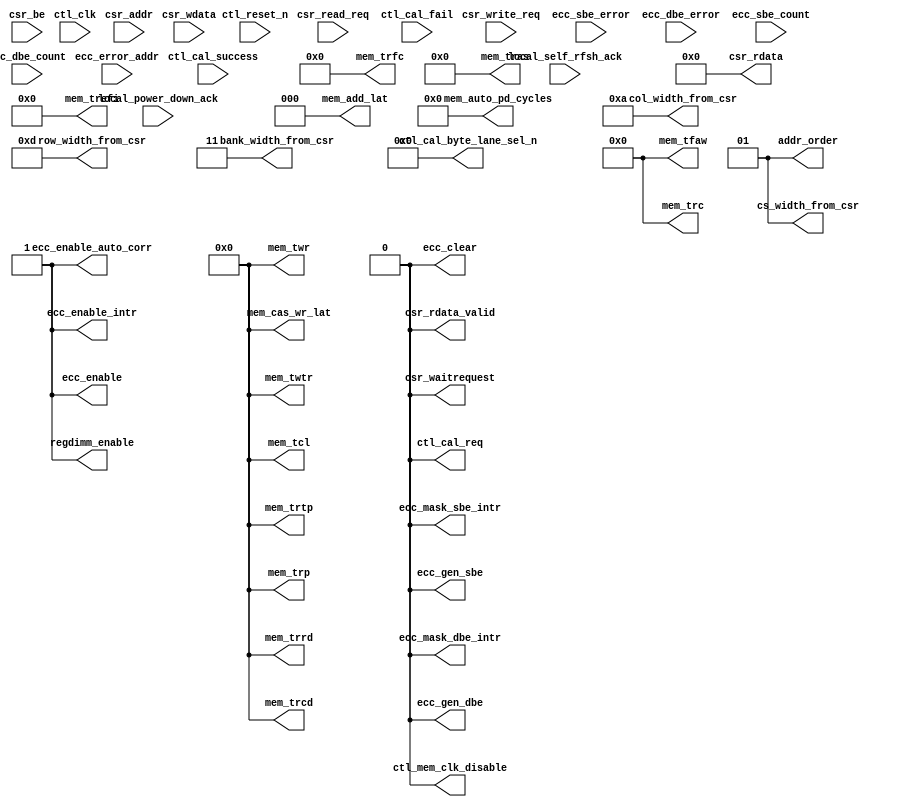
// (C) 2001-2011 Altera Corporation. All rights reserved.
// Your use of Altera Corporation's design tools, logic functions and other 
// software and tools, and its AMPP partner logic functions, and any output 
// files any of the foregoing (including device programming or simulation 
// files), and any associated documentation or information are expressly subject 
// to the terms and conditions of the Altera Program License Subscription 
// Agreement, Altera MegaCore Function License Agreement, or other applicable 
// license agreement, including, without limitation, that your use is for the 
// sole purpose of programming logic devices manufactured by Altera and sold by 
// Altera or its authorized distributors.  Please refer to the applicable 
// agreement for further details.




`timescale 1 ps / 1 ps
// altera message_off 10036 10230
module ddr2_v10_1_0002_alt_ddrx_csr #
    ( parameter
        DWIDTH_RATIO                = 2,
        CTL_CSR_ENABLED             = 0,
        CTL_ECC_CSR_ENABLED         = 0,
        CTL_CSR_READ_ONLY           = 0,
        CTL_ECC_CSR_READ_ONLY       = 0,
        CSR_ADDR_WIDTH              = 8,
        CSR_DATA_WIDTH              = 32,
        
        MEM_IF_CLK_PAIR_COUNT       = 1,
        MEM_IF_DQS_WIDTH            = 72,
        
        MEM_IF_CS_WIDTH             = 2,
        MEM_IF_CHIP_BITS            = 1,
        MEM_IF_ROW_WIDTH            = 13,      
        MEM_IF_COL_WIDTH            = 10,      
        MEM_IF_BA_WIDTH             = 3,       
        
        CTL_ECC_ENABLED             = 1,
        CTL_ECC_RMW_ENABLED         = 1,
        CTL_REGDIMM_ENABLED         = 0,
        
        CAS_WR_LAT_BUS_WIDTH        = 4,       
        ADD_LAT_BUS_WIDTH           = 3,       
        TCL_BUS_WIDTH               = 4,       
        TRRD_BUS_WIDTH              = 4,       
        TFAW_BUS_WIDTH              = 6,       
        TRFC_BUS_WIDTH              = 8,       
        TREFI_BUS_WIDTH             = 13,      
        TRCD_BUS_WIDTH              = 4,       
        TRP_BUS_WIDTH               = 4,       
        TWR_BUS_WIDTH               = 4,       
        TWTR_BUS_WIDTH              = 4,       
        TRTP_BUS_WIDTH              = 4,       
        TRAS_BUS_WIDTH              = 5,       
        TRC_BUS_WIDTH               = 6,       
        AUTO_PD_BUS_WIDTH           = 16,      
        
        MEM_CAS_WR_LAT              = 0,        
        MEM_ADD_LAT                 = 0,        
        MEM_TCL                     = 0,        
        MEM_TRRD                    = 0,        
        MEM_TFAW                    = 0,        
        MEM_TRFC                    = 0,        
        MEM_TREFI                   = 0,        
        MEM_TRCD                    = 0,        
        MEM_TRP                     = 0,        
        MEM_TWR                     = 0,        
        MEM_TWTR                    = 0,        
        MEM_TRTP                    = 0,        
        MEM_TRAS                    = 0,        
        MEM_TRC                     = 0,        
        MEM_AUTO_PD_CYCLES          = 0,        
        
        ADDR_ORDER                  = 1,        
        MEM_IF_CSR_COL_WIDTH        = 4,
        MEM_IF_CSR_ROW_WIDTH        = 5,
        MEM_IF_CSR_BANK_WIDTH       = 2,
        MEM_IF_CSR_CS_WIDTH         = 2
    )
    (
        ctl_clk,
        ctl_reset_n,
        
        csr_addr,
        csr_be,
        csr_write_req,
        csr_wdata,
        csr_read_req,
        csr_rdata,
        csr_rdata_valid,
        csr_waitrequest,
        
        ctl_cal_success,
        ctl_cal_fail,
        
        local_power_down_ack,
        local_self_rfsh_ack,
        
        ecc_sbe_error,
        ecc_dbe_error,
        ecc_sbe_count,
        ecc_dbe_count,
        ecc_error_addr,
        
        ctl_cal_req,
        ctl_mem_clk_disable,
        ctl_cal_byte_lane_sel_n,
        
        mem_cas_wr_lat,
        mem_add_lat,
        mem_tcl,
        mem_trrd,
        mem_tfaw,
        mem_trfc,
        mem_trefi,
        mem_trcd,
        mem_trp,
        mem_twr,
        mem_twtr,
        mem_trtp,
        mem_tras,
        mem_trc,
        mem_auto_pd_cycles,
        
        addr_order,
        col_width_from_csr,
        row_width_from_csr,
        bank_width_from_csr,
        cs_width_from_csr,
        
        ecc_enable,
        ecc_enable_auto_corr,
        ecc_gen_sbe,
        ecc_gen_dbe,
        ecc_enable_intr,
        ecc_mask_sbe_intr,
        ecc_mask_dbe_intr,
        ecc_clear,

        regdimm_enable
    );

input ctl_clk;
input ctl_reset_n;

input csr_write_req;
input csr_read_req;
input [CSR_ADDR_WIDTH - 1       : 0] csr_addr;
input [CSR_DATA_WIDTH - 1       : 0] csr_wdata;
input [(CSR_DATA_WIDTH / 8) - 1 : 0] csr_be;

output csr_waitrequest;
output csr_rdata_valid;
output [CSR_DATA_WIDTH - 1 : 0] csr_rdata;

input ctl_cal_success;
input ctl_cal_fail;

input local_power_down_ack;
input local_self_rfsh_ack;

input           ecc_sbe_error;
input           ecc_dbe_error;
input  [7  : 0] ecc_sbe_count;
input  [7  : 0] ecc_dbe_count;
input  [31 : 0] ecc_error_addr;

output                                              ctl_cal_req;
output [MEM_IF_CLK_PAIR_COUNT              - 1 : 0] ctl_mem_clk_disable;
output [MEM_IF_DQS_WIDTH * MEM_IF_CS_WIDTH - 1 : 0] ctl_cal_byte_lane_sel_n;

output [CAS_WR_LAT_BUS_WIDTH - 1 : 0] mem_cas_wr_lat;
output [ADD_LAT_BUS_WIDTH    - 1 : 0] mem_add_lat;
output [TCL_BUS_WIDTH        - 1 : 0] mem_tcl;
output [TRRD_BUS_WIDTH       - 1 : 0] mem_trrd;
output [TFAW_BUS_WIDTH       - 1 : 0] mem_tfaw;
output [TRFC_BUS_WIDTH       - 1 : 0] mem_trfc;
output [TREFI_BUS_WIDTH      - 1 : 0] mem_trefi;
output [TRCD_BUS_WIDTH       - 1 : 0] mem_trcd;
output [TRP_BUS_WIDTH        - 1 : 0] mem_trp;
output [TWR_BUS_WIDTH        - 1 : 0] mem_twr;
output [TWTR_BUS_WIDTH       - 1 : 0] mem_twtr;
output [TRTP_BUS_WIDTH       - 1 : 0] mem_trtp;
output [TRAS_BUS_WIDTH       - 1 : 0] mem_tras;
output [TRC_BUS_WIDTH        - 1 : 0] mem_trc;
output [AUTO_PD_BUS_WIDTH    - 1 : 0] mem_auto_pd_cycles;

output [1 : 0]                         addr_order;
output [MEM_IF_CSR_COL_WIDTH  - 1 : 0] col_width_from_csr;
output [MEM_IF_CSR_ROW_WIDTH  - 1 : 0] row_width_from_csr;
output [MEM_IF_CSR_BANK_WIDTH - 1 : 0] bank_width_from_csr;
output [MEM_IF_CSR_CS_WIDTH   - 1 : 0] cs_width_from_csr;

output ecc_enable;
output ecc_enable_auto_corr;
output ecc_gen_sbe;
output ecc_gen_dbe;
output ecc_enable_intr;
output ecc_mask_sbe_intr;
output ecc_mask_dbe_intr;
output ecc_clear;

output regdimm_enable;

wire csr_waitrequest;
wire csr_rdata_valid;
wire [CSR_DATA_WIDTH - 1 : 0] csr_rdata;

reg int_write_req;
reg int_read_req;
reg int_rdata_valid;
reg [8              - 1       : 0] int_addr; 
reg [CSR_DATA_WIDTH - 1       : 0] int_wdata;
reg [CSR_DATA_WIDTH - 1       : 0] int_rdata;
reg [(CSR_DATA_WIDTH / 8) - 1 : 0] int_be;

reg int_mask_csr_write_req;
reg int_mask_csr_read_req;
reg int_mask_ecc_csr_write_req;
reg int_mask_ecc_csr_read_req;

wire                                              ctl_cal_req;
wire [MEM_IF_CLK_PAIR_COUNT              - 1 : 0] ctl_mem_clk_disable;
wire [MEM_IF_DQS_WIDTH * MEM_IF_CS_WIDTH - 1 : 0] ctl_cal_byte_lane_sel_n;

wire [CAS_WR_LAT_BUS_WIDTH - 1 : 0] mem_cas_wr_lat;
wire [ADD_LAT_BUS_WIDTH    - 1 : 0] mem_add_lat;
wire [TCL_BUS_WIDTH        - 1 : 0] mem_tcl;
wire [TRRD_BUS_WIDTH       - 1 : 0] mem_trrd;
wire [TFAW_BUS_WIDTH       - 1 : 0] mem_tfaw;
wire [TRFC_BUS_WIDTH       - 1 : 0] mem_trfc;
wire [TREFI_BUS_WIDTH      - 1 : 0] mem_trefi;
wire [TRCD_BUS_WIDTH       - 1 : 0] mem_trcd;
wire [TRP_BUS_WIDTH        - 1 : 0] mem_trp;
wire [TWR_BUS_WIDTH        - 1 : 0] mem_twr;
wire [TWTR_BUS_WIDTH       - 1 : 0] mem_twtr;
wire [TRTP_BUS_WIDTH       - 1 : 0] mem_trtp;
wire [TRAS_BUS_WIDTH       - 1 : 0] mem_tras;
wire [TRC_BUS_WIDTH        - 1 : 0] mem_trc;
wire [AUTO_PD_BUS_WIDTH    - 1 : 0] mem_auto_pd_cycles;

wire [1 : 0]                         addr_order;
wire [MEM_IF_CSR_COL_WIDTH  - 1 : 0] col_width_from_csr;
wire [MEM_IF_CSR_ROW_WIDTH  - 1 : 0] row_width_from_csr;
wire [MEM_IF_CSR_BANK_WIDTH - 1 : 0] bank_width_from_csr;
wire [MEM_IF_CSR_CS_WIDTH   - 1 : 0] cs_width_from_csr;

wire ecc_enable;
wire ecc_enable_auto_corr;
wire ecc_gen_sbe;
wire ecc_gen_dbe;
wire ecc_enable_intr;
wire ecc_mask_sbe_intr;
wire ecc_mask_dbe_intr;
wire ecc_clear;

wire regdimm_enable;

reg [CSR_DATA_WIDTH - 1 : 0] read_csr_register_100;

reg [CSR_DATA_WIDTH - 1 : 0] read_csr_register_110;

reg [CSR_DATA_WIDTH - 1 : 0] read_csr_register_120;
reg [CSR_DATA_WIDTH - 1 : 0] read_csr_register_121;
reg [CSR_DATA_WIDTH - 1 : 0] read_csr_register_122;
reg [CSR_DATA_WIDTH - 1 : 0] read_csr_register_123;
reg [CSR_DATA_WIDTH - 1 : 0] read_csr_register_124;
reg [CSR_DATA_WIDTH - 1 : 0] read_csr_register_125;
reg [CSR_DATA_WIDTH - 1 : 0] read_csr_register_126;

reg [CSR_DATA_WIDTH - 1 : 0] read_csr_register_130;
reg [CSR_DATA_WIDTH - 1 : 0] read_csr_register_131;
reg [CSR_DATA_WIDTH - 1 : 0] read_csr_register_132;

/*------------------------------------------------------------------------------

   CSR Interface

------------------------------------------------------------------------------*/
assign csr_waitrequest = 1'b0;

generate
    if (!CTL_CSR_ENABLED && !CTL_ECC_CSR_ENABLED)
    begin
        assign csr_rdata       = 0;
        assign csr_rdata_valid = 0;
    end
    else
    begin
        always @ (posedge ctl_clk or negedge ctl_reset_n)
        begin
            if (!ctl_reset_n)
            begin
                int_write_req <= 0;
                int_read_req  <= 0;
                int_addr      <= 0;
                int_wdata     <= 0;
                int_be        <= 0;
            end
            else
            begin
                int_addr  <= csr_addr [7 : 0]; 
                int_wdata <= csr_wdata;
                int_be    <= csr_be;
                
                if (csr_write_req)
                    int_write_req <= 1'b1;
                else
                    int_write_req <= 1'b0;
                
                if (csr_read_req)
                    int_read_req <= 1'b1;
                else
                    int_read_req <= 1'b0;
            end
        end
        
        always @ (posedge ctl_clk or negedge ctl_reset_n)
        begin
            if (!ctl_reset_n)
            begin
                int_mask_csr_write_req     <= 1'b0;
                int_mask_csr_read_req      <= 1'b0;
                int_mask_ecc_csr_write_req <= 1'b0;
                int_mask_ecc_csr_read_req  <= 1'b0;
            end
            else
            begin
                if (CTL_CSR_READ_ONLY)
                begin
                    int_mask_csr_write_req <= 1'b1;
                    int_mask_csr_read_req  <= 1'b0;
                end
                else
                begin
                    int_mask_csr_write_req <= 1'b0;
                    int_mask_csr_read_req  <= 1'b0;
                end
                
                if (CTL_ECC_CSR_READ_ONLY)
                begin
                    int_mask_ecc_csr_write_req <= 1'b1;
                    int_mask_ecc_csr_read_req  <= 1'b0;
                end
                else
                begin
                    int_mask_ecc_csr_write_req <= 1'b0;
                    int_mask_ecc_csr_read_req  <= 1'b0;
                end
            end
        end
        
        /*------------------------------------------------------------------------------
        
           Read Interface
        
        ------------------------------------------------------------------------------*/
        assign csr_rdata       = int_rdata;
        assign csr_rdata_valid = int_rdata_valid;
        
        always @ (posedge ctl_clk or negedge ctl_reset_n)
        begin
            if (!ctl_reset_n)
            begin
                int_rdata       <= 0;
                int_rdata_valid <= 0;
            end
            else
            begin
                if (int_read_req)
                begin
                    if (int_addr == 8'h00)
                        int_rdata <= read_csr_register_100;
                    else if (int_addr == 8'h10)
                        int_rdata <= read_csr_register_110;
                    else if (int_addr == 8'h20)
                        int_rdata <= read_csr_register_120;
                    else if (int_addr == 8'h21)
                        int_rdata <= read_csr_register_121;
                    else if (int_addr == 8'h22)
                        int_rdata <= read_csr_register_122;
                    else if (int_addr == 8'h23)
                        int_rdata <= read_csr_register_123;
                    else if (int_addr == 8'h24)
                        int_rdata <= read_csr_register_124;
                    else if (int_addr == 8'h25)
                        int_rdata <= read_csr_register_125;
                    else if (int_addr == 8'h26)
                        int_rdata <= read_csr_register_126;
                    else if (int_addr == 8'h30)
                        int_rdata <= read_csr_register_130;
                    else if (int_addr == 8'h31)
                        int_rdata <= read_csr_register_131;
                    else if (int_addr == 8'h32)
                        int_rdata <= read_csr_register_132;
                end
                
                if (int_read_req)
                    int_rdata_valid <= 1'b1;
                else
                    int_rdata_valid <= 1'b0;
            end
        end
    end
endgenerate

/*------------------------------------------------------------------------------

   CSR Registers

------------------------------------------------------------------------------*/
generate
    genvar i;
    if (!CTL_CSR_ENABLED) 
    begin
        assign mem_cas_wr_lat          = MEM_CAS_WR_LAT;
        assign mem_add_lat             = MEM_ADD_LAT;
        assign mem_tcl                 = MEM_TCL;
        assign mem_trrd                = MEM_TRRD;
        assign mem_tfaw                = MEM_TFAW;
        assign mem_trfc                = MEM_TRFC;
        assign mem_trefi               = MEM_TREFI;
        assign mem_trcd                = MEM_TRCD;
        assign mem_trp                 = MEM_TRP;
        assign mem_twr                 = MEM_TWR;
        assign mem_twtr                = MEM_TWTR;
        assign mem_trtp                = MEM_TRTP;
        assign mem_tras                = MEM_TRAS;
        assign mem_trc                 = MEM_TRC;
        assign mem_auto_pd_cycles      = MEM_AUTO_PD_CYCLES;
        
        assign addr_order              = ADDR_ORDER;
        assign cs_width_from_csr       = MEM_IF_CS_WIDTH > 1 ? MEM_IF_CHIP_BITS : 0;
        assign bank_width_from_csr     = MEM_IF_BA_WIDTH;
        assign row_width_from_csr      = MEM_IF_ROW_WIDTH;
        assign col_width_from_csr      = MEM_IF_COL_WIDTH;
        
        assign ctl_cal_req             = 0;
        assign ctl_mem_clk_disable     = 0;
        assign ctl_cal_byte_lane_sel_n = 0;
        
        assign regdimm_enable          = 1'b1; 
    end
    else
    begin
        /*------------------------------------------------------------------------------
        
           0x100 ALTMEPHY Status and Control Register
        
        ------------------------------------------------------------------------------*/
        reg         csr_cal_success;
        reg         csr_cal_fail;
        reg         csr_cal_req;
        reg [5 : 0] csr_clock_off;
        
        assign ctl_cal_req         = csr_cal_req;
        assign ctl_mem_clk_disable = csr_clock_off [MEM_IF_CLK_PAIR_COUNT - 1 : 0];
        
        always @ (posedge ctl_clk or negedge ctl_reset_n)
        begin
            if (!ctl_reset_n)
            begin
                csr_cal_req     <= 0;
                csr_clock_off   <= 0;
            end
            else
            begin
                if (int_write_req && int_addr == 8'h00)
                begin
                    if (int_be [0])
                    begin
                        csr_cal_req   <= int_wdata [2]     ;
                    end
                    
                    if (int_be [1])
                    begin
                        csr_clock_off <= int_wdata [13 : 8];
                    end
                end
            end
        end
        
        always @ (posedge ctl_clk or negedge ctl_reset_n)
        begin
            if (!ctl_reset_n)
            begin
                csr_cal_success <= 0;
                csr_cal_fail    <= 0;
            end
            else
            begin
                csr_cal_success <= ctl_cal_success;
                csr_cal_fail    <= ctl_cal_fail;
            end
        end
        
        always @ (*)
        begin
            read_csr_register_100 = 0;
            
            read_csr_register_100 [0]      = csr_cal_success;
            read_csr_register_100 [1]      = csr_cal_fail;
            read_csr_register_100 [2]      = csr_cal_req;
            read_csr_register_100 [13 : 8] = csr_clock_off;
        end
        
        /*------------------------------------------------------------------------------
        
           0x110 Controller Status and Control Register
        
        ------------------------------------------------------------------------------*/
        reg [15 : 0] csr_auto_pd_cycles;
        reg          csr_auto_pd_ack;
        reg          csr_self_rfsh;    
        reg          csr_self_rfsh_ack;
        reg          csr_ganged_arf;   
        reg [1  : 0] csr_addr_order;
        reg          csr_reg_dimm;     
        reg [1  : 0] csr_drate;
        
        assign mem_auto_pd_cycles = csr_auto_pd_cycles;
        assign addr_order         = csr_addr_order;
        assign regdimm_enable     = csr_reg_dimm;
        
        always @ (posedge ctl_clk or negedge ctl_reset_n)
        begin
            if (!ctl_reset_n)
            begin
                csr_auto_pd_cycles <= MEM_AUTO_PD_CYCLES;  
                csr_self_rfsh      <= 0;
                csr_ganged_arf     <= 0;
                csr_addr_order     <= 2'b01;               
                csr_reg_dimm       <= CTL_REGDIMM_ENABLED; 
            end
            else
            begin
                if (!int_mask_csr_write_req && int_write_req && int_addr == 8'h10)
                begin
                    if (int_be [0])
                    begin
                        csr_auto_pd_cycles [ 7 :  0] <= int_wdata [ 7 :  0];
                    end
                    
                    if (int_be [1])
                    begin
                        csr_auto_pd_cycles [15 :  8] <= int_wdata [15 :  8];
                    end
                    
                    if (int_be [2])
                    begin
                        csr_self_rfsh      <= int_wdata [17]     ;
                        csr_ganged_arf     <= int_wdata [19]     ;
                        csr_addr_order     <= int_wdata [21 : 20];
                        csr_reg_dimm       <= int_wdata [22]     ;
                    end
                end
            end
        end
        
        always @ (posedge ctl_clk or negedge ctl_reset_n)
        begin
            if (!ctl_reset_n)
            begin
                csr_auto_pd_ack   <= 0;
                csr_self_rfsh_ack <= 0;
                csr_drate         <= 0;
            end
            else
            begin
                csr_auto_pd_ack   <= local_power_down_ack;
                csr_self_rfsh_ack <= local_self_rfsh_ack;
                csr_drate         <= (DWIDTH_RATIO == 2) ? 2'b00 : 2'b01; 
            end
        end
        
        always @ (*)
        begin
            read_csr_register_110 = 0;
            
            read_csr_register_110 [15 : 0 ] = csr_auto_pd_cycles;
            read_csr_register_110 [16]      = csr_auto_pd_ack;
            read_csr_register_110 [17]      = csr_self_rfsh;
            read_csr_register_110 [18]      = csr_self_rfsh_ack;
            read_csr_register_110 [19]      = csr_ganged_arf;
            read_csr_register_110 [21 : 20] = csr_addr_order;
            read_csr_register_110 [22]      = csr_reg_dimm;
        end
        
        /*------------------------------------------------------------------------------
        
           0x120 Memory Address Sizes 0
        
        ------------------------------------------------------------------------------*/
        reg [7 : 0] csr_col_width;
        reg [7 : 0] csr_row_width;
        reg [3 : 0] csr_bank_width;
        reg [3 : 0] csr_chip_width;
        
        assign cs_width_from_csr    = csr_chip_width [MEM_IF_CSR_CS_WIDTH   - 1 : 0];
        assign bank_width_from_csr  = csr_bank_width [MEM_IF_CSR_BANK_WIDTH - 1 : 0];
        assign row_width_from_csr   = csr_row_width  [MEM_IF_CSR_ROW_WIDTH  - 1 : 0];
        assign col_width_from_csr   = csr_col_width  [MEM_IF_CSR_COL_WIDTH  - 1 : 0];
        
        always @ (posedge ctl_clk or negedge ctl_reset_n)
        begin
            if (!ctl_reset_n)
            begin
                csr_col_width  <= MEM_IF_COL_WIDTH;                           
                csr_row_width  <= MEM_IF_ROW_WIDTH;                           
                csr_bank_width <= MEM_IF_BA_WIDTH;                            
                csr_chip_width <= MEM_IF_CS_WIDTH > 1 ? MEM_IF_CHIP_BITS : 0; 
            end
            else
            begin
                if (!int_mask_csr_write_req && int_write_req && int_addr == 8'h20)
                begin
                    if (int_be [0])
                    begin
                        if (int_wdata [7 : 0] <= MEM_IF_COL_WIDTH)
                        begin
                            csr_col_width  <= int_wdata [7  : 0 ];
                        end
                    end
                    
                    if (int_be [1])
                    begin
                        if (int_wdata [15 : 8] <= MEM_IF_ROW_WIDTH)
                        begin
                            csr_row_width  <= int_wdata [15 : 8 ];
                        end
                    end
                    
                    if (int_be [2])
                    begin
                        if (int_wdata [19 : 16] <= MEM_IF_BA_WIDTH)
                        begin
                            csr_bank_width <= int_wdata [19 : 16];
                        end
                        
                        if (int_wdata [23 : 20] <= (MEM_IF_CS_WIDTH > 1 ? MEM_IF_CHIP_BITS : 0))
                        begin
                            csr_chip_width <= int_wdata [23 : 20];
                        end
                    end
                end
            end
        end
        
        always @ (*)
        begin
            read_csr_register_120 = 0;
            
            read_csr_register_120 [7  : 0 ] = csr_col_width;
            read_csr_register_120 [15 : 8 ] = csr_row_width;
            read_csr_register_120 [19 : 16] = csr_bank_width;
            read_csr_register_120 [23 : 20] = csr_chip_width;
        end
        
        /*------------------------------------------------------------------------------
        
           0x121 Memory Address Sizes 1
        
        ------------------------------------------------------------------------------*/
        reg [31 : 0] csr_data_binary_representation;
        reg [7 : 0] csr_chip_binary_representation;
        
        reg [MEM_IF_DQS_WIDTH * MEM_IF_CS_WIDTH - 1 : 0] cal_byte_lane;
        
        assign ctl_cal_byte_lane_sel_n = ~cal_byte_lane;
        
        for (i = 0;i < MEM_IF_CS_WIDTH;i = i + 1)
        begin : ctl_cal_byte_lane_per_chip
            always @ (posedge ctl_clk or negedge ctl_reset_n)
            begin
                if (!ctl_reset_n)
                    cal_byte_lane [(i + 1) * MEM_IF_DQS_WIDTH - 1 : i * MEM_IF_DQS_WIDTH] <= {MEM_IF_DQS_WIDTH{1'b1}}; 
                else
                begin
                    if (csr_chip_binary_representation[i])
                        cal_byte_lane [(i + 1) * MEM_IF_DQS_WIDTH - 1 : i * MEM_IF_DQS_WIDTH] <= csr_data_binary_representation [MEM_IF_DQS_WIDTH - 1 : 0];
                    else
                        cal_byte_lane [(i + 1) * MEM_IF_DQS_WIDTH - 1 : i * MEM_IF_DQS_WIDTH] <= 0;
                end
            end
        end
        
        always @ (posedge ctl_clk or negedge ctl_reset_n)
        begin
            if (!ctl_reset_n)
            begin
                csr_data_binary_representation <= {MEM_IF_DQS_WIDTH{1'b1}};
            end
            else
            begin
                if (!int_mask_csr_write_req && int_write_req && int_addr == 8'h21)
                begin
                    if (int_be [0])
                    begin
                        csr_data_binary_representation [ 7 :  0] <= int_wdata [ 7 :  0];
                    end
                    
                    if (int_be [1])
                    begin
                        csr_data_binary_representation [15 :  8] <= int_wdata [15 :  8];
                    end
                    
                    if (int_be [2])
                    begin
                        csr_data_binary_representation [23 : 16] <= int_wdata [23 : 16];
                    end
                    
                    if (int_be [3])
                    begin
                        csr_data_binary_representation [31 : 24] <= int_wdata [31 : 24];
                    end
                end
            end
        end
        
        always @ (*)
        begin
            read_csr_register_121 = 0;
            
            read_csr_register_121 [31 : 0 ] = csr_data_binary_representation;
        end
        
        /*------------------------------------------------------------------------------
        
           0x122 Memory Address Sizes 2
        
        ------------------------------------------------------------------------------*/
        always @ (posedge ctl_clk or negedge ctl_reset_n)
        begin
            if (!ctl_reset_n)
            begin
                csr_chip_binary_representation <= {MEM_IF_CS_WIDTH{1'b1}};
            end
            else
            begin
                if (!int_mask_csr_write_req && int_write_req && int_addr == 8'h22)
                begin
                    if (int_be [0])
                    begin
                        csr_chip_binary_representation [ 7 :  0] <= int_wdata [7  : 0 ];
                    end
                end
            end
        end
        
        always @ (*)
        begin
            read_csr_register_122 = 0;
            
            read_csr_register_122 [7  : 0 ] = csr_chip_binary_representation;
        end
        
        /*------------------------------------------------------------------------------
        
           0x123 Memory Timing Parameters Registers 0
        
        ------------------------------------------------------------------------------*/
        reg [3 : 0] csr_trcd;
        reg [3 : 0] csr_trrd;
        reg [3 : 0] csr_trp;
        reg [3 : 0] csr_tmrd; 
        reg [7 : 0] csr_tras;
        reg [7 : 0] csr_trc;
        
        assign mem_trcd = csr_trcd [TRCD_BUS_WIDTH - 1 : 0];
        assign mem_trrd = csr_trrd [TRRD_BUS_WIDTH - 1 : 0];
        assign mem_trp  = csr_trp  [TRP_BUS_WIDTH  - 1 : 0];
        assign mem_tras = csr_tras [TRAS_BUS_WIDTH - 1 : 0];
        assign mem_trc  = csr_trc  [TRC_BUS_WIDTH  - 1 : 0];
        
        always @ (posedge ctl_clk or negedge ctl_reset_n)
        begin
            if (!ctl_reset_n)
            begin
                csr_trcd <= MEM_TRCD; 
                csr_trrd <= MEM_TRRD; 
                csr_trp  <= MEM_TRP;  
                csr_tmrd <= 0;        
                csr_tras <= MEM_TRAS; 
                csr_trc  <= MEM_TRC;  
            end
            else
            begin
                if (!int_mask_csr_write_req && int_write_req && int_addr == 8'h23)
                begin
                    if (int_be [0])
                    begin
                        csr_trcd <= int_wdata [3  : 0 ];
                        csr_trrd <= int_wdata [7  : 4 ];
                    end
                    
                    if (int_be [1])
                    begin
                        csr_trp  <= int_wdata [11 : 8 ];
                        csr_tmrd <= int_wdata [15 : 12];
                    end
                    
                    if (int_be [2])
                    begin
                        csr_tras <= int_wdata [23 : 16];
                    end
                    
                    if (int_be [3])
                    begin
                        csr_trc  <= int_wdata [31 : 24];
                    end
                end
            end
        end
        
        always @ (*)
        begin
            read_csr_register_123 = 0;
            
            read_csr_register_123 [3  : 0 ] = csr_trcd;
            read_csr_register_123 [7  : 4 ] = csr_trrd;
            read_csr_register_123 [11 : 8 ] = csr_trp;
            read_csr_register_123 [15 : 12] = csr_tmrd;
            read_csr_register_123 [23 : 16] = csr_tras;
            read_csr_register_123 [31 : 24] = csr_trc;
        end
        
        /*------------------------------------------------------------------------------
        
           0x124 Memory Timing Parameters Registers 1
        
        ------------------------------------------------------------------------------*/
        reg [3 : 0] csr_twtr;
        reg [3 : 0] csr_trtp;
        reg [7 : 0] csr_tfaw;
        
        assign mem_twtr = csr_twtr [TWTR_BUS_WIDTH - 1 : 0];
        assign mem_trtp = csr_trtp [TRTP_BUS_WIDTH - 1 : 0];
        assign mem_tfaw = csr_tfaw [TFAW_BUS_WIDTH - 1 : 0];
        
        always @ (posedge ctl_clk or negedge ctl_reset_n)
        begin
            if (!ctl_reset_n)
            begin
                csr_twtr <= MEM_TWTR;
                csr_trtp <= MEM_TRTP;
                csr_tfaw <= MEM_TFAW;
            end
            else
            begin
                if (!int_mask_csr_write_req && int_write_req && int_addr == 8'h24)
                begin
                    if (int_be [0])
                    begin
                        csr_twtr <= int_wdata [3  : 0 ];
                        csr_trtp <= int_wdata [7  : 4 ];
                    end
                    
                    if (int_be [1])
                    begin
                        csr_tfaw <= int_wdata [15 : 8 ];
                    end
                end
            end
        end
        
        always @ (*)
        begin
            read_csr_register_124 = 0;
            
            read_csr_register_124 [3  : 0 ] = csr_twtr;
            read_csr_register_124 [7  : 4 ] = csr_trtp;
            read_csr_register_124 [15 : 8 ] = csr_tfaw;
        end
        
        /*------------------------------------------------------------------------------
        
           0x125 Memory Timing Parameters Registers 2
        
        ------------------------------------------------------------------------------*/
        reg [15 : 0] csr_trefi;
        reg [7  : 0] csr_trfc;
        
        assign mem_trefi = csr_trefi [TREFI_BUS_WIDTH - 1 : 0];
        assign mem_trfc  = csr_trfc  [TRFC_BUS_WIDTH  - 1 : 0];
        
        always @ (posedge ctl_clk or negedge ctl_reset_n)
        begin
            if (!ctl_reset_n)
            begin
                csr_trefi <= MEM_TREFI;
                csr_trfc  <= MEM_TRFC;
            end
            else
            begin
                if (!int_mask_csr_write_req && int_write_req && int_addr == 8'h25)
                begin
                    if (int_be [0])
                    begin
                        csr_trefi [ 7 :  0] <= int_wdata [ 7 :  0];
                    end
                    
                    if (int_be [1])
                    begin
                        csr_trefi [15 :  8] <= int_wdata [15 :  8];
                    end
                    
                    if (int_be [2])
                    begin
                        csr_trfc  <= int_wdata [23 : 16];
                    end
                end
            end
        end
        
        always @ (*)
        begin
            read_csr_register_125 = 0;
            
            read_csr_register_125 [15 : 0 ] = csr_trefi;
            read_csr_register_125 [23 : 16] = csr_trfc;
        end
        
        /*------------------------------------------------------------------------------
        
           0x126 Memory Timing Parameters Registers 3
        
        ------------------------------------------------------------------------------*/
        reg [3 : 0] csr_tcl;
        reg [3 : 0] csr_al;
        reg [3 : 0] csr_cwl;
        reg [3 : 0] csr_twr;
        
        assign mem_tcl        = csr_tcl [TCL_BUS_WIDTH        - 1 : 0];
        assign mem_add_lat    = csr_al  [ADD_LAT_BUS_WIDTH    - 1 : 0];
        assign mem_cas_wr_lat = csr_cwl [CAS_WR_LAT_BUS_WIDTH - 1 : 0];
        assign mem_twr        = csr_twr [TWR_BUS_WIDTH        - 1 : 0];
        
        always @ (posedge ctl_clk or negedge ctl_reset_n)
        begin
            if (!ctl_reset_n)
            begin
                csr_tcl <= MEM_TCL;
                csr_al  <= MEM_ADD_LAT;
                csr_cwl <= MEM_CAS_WR_LAT;
                csr_twr <= MEM_TWR;
            end
            else
            begin
                if (!int_mask_csr_write_req && int_write_req && int_addr == 8'h26)
                begin
                    if (int_be [0])
                    begin
                        csr_tcl <= int_wdata [3  : 0 ];
                        csr_al  <= int_wdata [7  : 4 ];
                    end
                    
                    if (int_be [1])
                    begin
                        csr_cwl <= int_wdata [11 : 8 ];
                        csr_twr <= int_wdata [15 : 12];
                    end
                end
            end
        end
        
        always @ (*)
        begin
            read_csr_register_126 = 0;
            
            read_csr_register_126 [3  : 0 ] = csr_tcl;
            read_csr_register_126 [7  : 4 ] = csr_al;
            read_csr_register_126 [11 : 8 ] = csr_cwl;
            read_csr_register_126 [15 : 12] = csr_twr;
        end
    end
    
    if (!CTL_ECC_CSR_ENABLED)
    begin
        assign ecc_enable              = 1'b1; 
        assign ecc_enable_auto_corr    = 1'b1; 
        assign ecc_gen_sbe             = 0;
        assign ecc_gen_dbe             = 0;
        assign ecc_enable_intr         = 1'b1; 
        assign ecc_mask_sbe_intr       = 0;
        assign ecc_mask_dbe_intr       = 0;
        assign ecc_clear               = 0;
    end
    else
    begin
        /*------------------------------------------------------------------------------
        
           0x130 ECC Control Register
        
        ------------------------------------------------------------------------------*/
        reg csr_enable_ecc;
        reg csr_enable_auto_corr;
        reg csr_gen_sbe;
        reg csr_gen_dbe;
        reg csr_enable_intr;
        reg csr_mask_sbe_intr;
        reg csr_mask_dbe_intr;
        reg csr_ecc_clear;
        
        assign ecc_enable           = csr_enable_ecc;
        assign ecc_enable_auto_corr = csr_enable_auto_corr;
        assign ecc_gen_sbe          = csr_gen_sbe;
        assign ecc_gen_dbe          = csr_gen_dbe;
        assign ecc_enable_intr      = csr_enable_intr;
        assign ecc_mask_sbe_intr    = csr_mask_sbe_intr;
        assign ecc_mask_dbe_intr    = csr_mask_dbe_intr;
        assign ecc_clear            = csr_ecc_clear;
        
        always @ (posedge ctl_clk or negedge ctl_reset_n)
        begin
            if (!ctl_reset_n)
            begin
                csr_enable_ecc       <= CTL_ECC_ENABLED;
                csr_enable_auto_corr <= CTL_ECC_RMW_ENABLED;
                csr_gen_sbe          <= 0;
                csr_gen_dbe          <= 0;
                csr_enable_intr      <= 1'b1;
                csr_mask_sbe_intr    <= 0;
                csr_mask_dbe_intr    <= 0;
                csr_ecc_clear        <= 0;
            end
            else
            begin
                if (!int_mask_ecc_csr_write_req && int_write_req && int_addr == 8'h30)
                begin
                    if (int_be [0])
                    begin
                        csr_enable_ecc       <= int_wdata [0];
                        csr_enable_auto_corr <= int_wdata [1];
                        csr_gen_sbe          <= int_wdata [2];
                        csr_gen_dbe          <= int_wdata [3];
                        csr_enable_intr      <= int_wdata [4];
                        csr_mask_sbe_intr    <= int_wdata [5];
                        csr_mask_dbe_intr    <= int_wdata [6];
                        csr_ecc_clear        <= int_wdata [7];
                    end
                end
                
                if (csr_ecc_clear)
                    csr_ecc_clear     <= 1'b0;
            end
        end
        
        always @ (*)
        begin
            read_csr_register_130 = 0;
            
            read_csr_register_130 [0] = csr_enable_ecc;
            read_csr_register_130 [1] = csr_enable_auto_corr;
            read_csr_register_130 [2] = csr_gen_sbe;
            read_csr_register_130 [3] = csr_gen_dbe;
            read_csr_register_130 [4] = csr_enable_intr;
            read_csr_register_130 [5] = csr_mask_sbe_intr;
            read_csr_register_130 [6] = csr_mask_dbe_intr;
            read_csr_register_130 [7] = csr_ecc_clear;
        end
        
        /*------------------------------------------------------------------------------
        
           0x131 ECC Status Register (Read Only)
        
        ------------------------------------------------------------------------------*/
        reg         csr_sbe_error;
        reg         csr_dbe_error;
        reg [7 : 0] csr_sbe_count;
        reg [7 : 0] csr_dbe_count;
        
        always @ (posedge ctl_clk or negedge ctl_reset_n)
        begin
            if (!ctl_reset_n)
            begin
                csr_sbe_error <= 0;
                csr_dbe_error <= 0;
                csr_sbe_count <= 0;
                csr_dbe_count <= 0;
            end
            else
            begin
                if (csr_ecc_clear)
                begin
                    csr_sbe_error <= 0;
                    csr_dbe_error <= 0;
                    csr_sbe_count <= 0;
                    csr_dbe_count <= 0;
                end
                else
                begin
                    csr_sbe_error <= ecc_sbe_error;
                    csr_dbe_error <= ecc_dbe_error;
                    csr_sbe_count <= ecc_sbe_count;
                    csr_dbe_count <= ecc_dbe_count;
                end
            end
        end
        
        always @ (*)
        begin
            read_csr_register_131 = 0;
            
            read_csr_register_131 [0      ] = csr_sbe_error;
            read_csr_register_131 [1      ] = csr_dbe_error;
            read_csr_register_131 [15 : 8 ] = csr_sbe_count;
            read_csr_register_131 [23 : 16] = csr_dbe_count;
        end
        
        /*------------------------------------------------------------------------------
        
           0x132 ECC Error Address Register (Read Only)
        
        ------------------------------------------------------------------------------*/
        reg [31 : 0] csr_error_addr;
        
        always @ (posedge ctl_clk or negedge ctl_reset_n)
        begin
            if (!ctl_reset_n)
            begin
                csr_error_addr <= 0;
            end
            else
            begin
                if (csr_ecc_clear)
                    csr_error_addr <= 0;
                else
                    csr_error_addr <= ecc_error_addr;
            end
        end
        
        always @ (*)
        begin
            read_csr_register_132 = csr_error_addr;
        end
    end
endgenerate
























endmodule